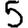
Digit: 5